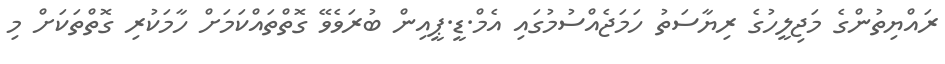
ރައްޔިތުންގެ މަޖިލީހުގެ ރިޔާސަތު ހަމަޖެއްސުމުގައި އެމް.ޑީ.ޕީއިން ބުރަވެވޭ ގޮތްތައްކަމަށް ހާމަކުރި ގޮތްތަކަށް މި